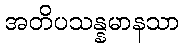
အတိပသန္နမာနသာ